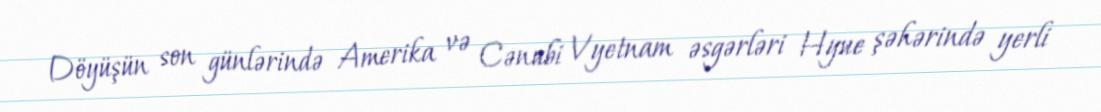
Döyüşün son günlərində Amerika və Cənubi Vyetnam əsgərləri Hyue şəhərində yerli